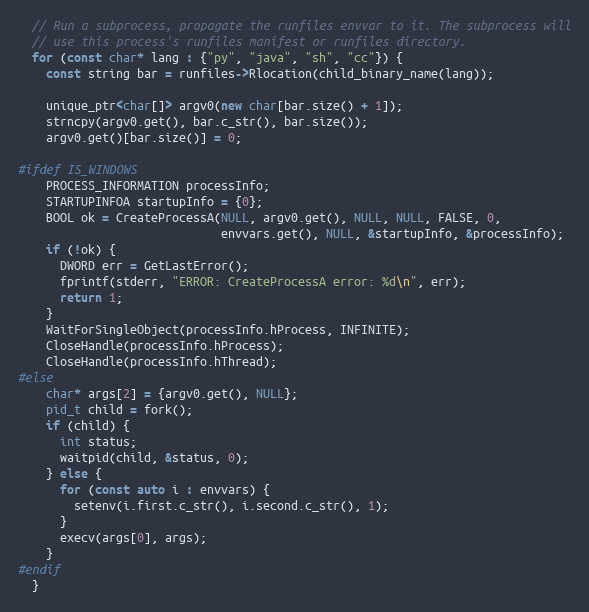
Language: C++
  // Run a subprocess, propagate the runfiles envvar to it. The subprocess will
  // use this process's runfiles manifest or runfiles directory.
  for (const char* lang : {"py", "java", "sh", "cc"}) {
    const string bar = runfiles->Rlocation(child_binary_name(lang));

    unique_ptr<char[]> argv0(new char[bar.size() + 1]);
    strncpy(argv0.get(), bar.c_str(), bar.size());
    argv0.get()[bar.size()] = 0;

#ifdef IS_WINDOWS
    PROCESS_INFORMATION processInfo;
    STARTUPINFOA startupInfo = {0};
    BOOL ok = CreateProcessA(NULL, argv0.get(), NULL, NULL, FALSE, 0,
                             envvars.get(), NULL, &startupInfo, &processInfo);
    if (!ok) {
      DWORD err = GetLastError();
      fprintf(stderr, "ERROR: CreateProcessA error: %d\n", err);
      return 1;
    }
    WaitForSingleObject(processInfo.hProcess, INFINITE);
    CloseHandle(processInfo.hProcess);
    CloseHandle(processInfo.hThread);
#else
    char* args[2] = {argv0.get(), NULL};
    pid_t child = fork();
    if (child) {
      int status;
      waitpid(child, &status, 0);
    } else {
      for (const auto i : envvars) {
        setenv(i.first.c_str(), i.second.c_str(), 1);
      }
      execv(args[0], args);
    }
#endif
  }